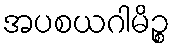
အပစယဂါမိဉ္စ